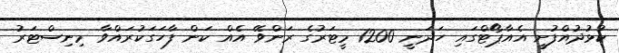
ކުޅުދުއްފުށީ އެއާޕޯޓްގައި ހަދަނީ 1200 މީޓަރުގެ ރަންވޭ އެއް ކަން ފާހަގަކުރައްވާ މިނިސްޓަރު